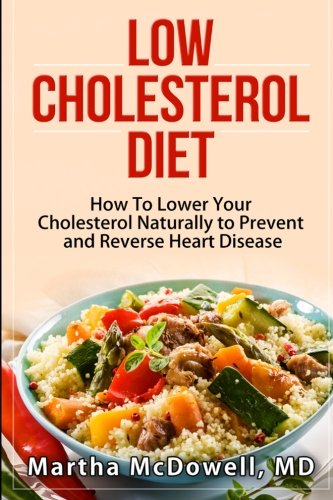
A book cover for Low Cholesterol Diet: How To Lower Your Cholesterol Naturally to Prevent and Reverse Heart Disease (Low Fat Low Cholesterol Cookbook, Congenital Heart ... Disease for Dummies, Reversing Heart Disease); MD Martha McDowell; Health, Fitness & Dieting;